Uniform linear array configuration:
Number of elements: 4
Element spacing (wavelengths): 0.5
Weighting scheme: binomial
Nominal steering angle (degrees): -45
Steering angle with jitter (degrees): -45.364
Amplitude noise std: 0.05
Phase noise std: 0.05

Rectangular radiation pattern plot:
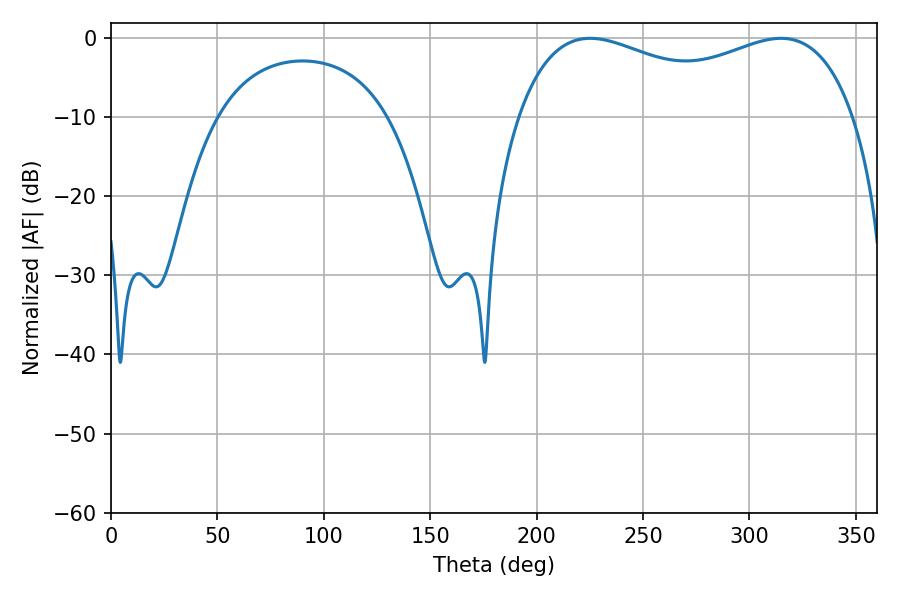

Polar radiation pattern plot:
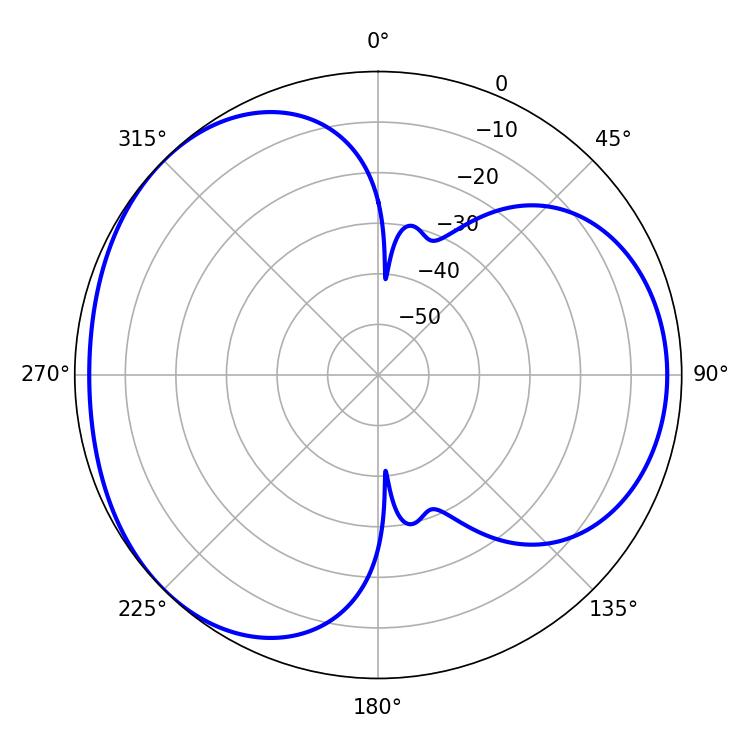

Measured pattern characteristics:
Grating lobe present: FALSE
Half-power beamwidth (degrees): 130.68
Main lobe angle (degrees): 225.18